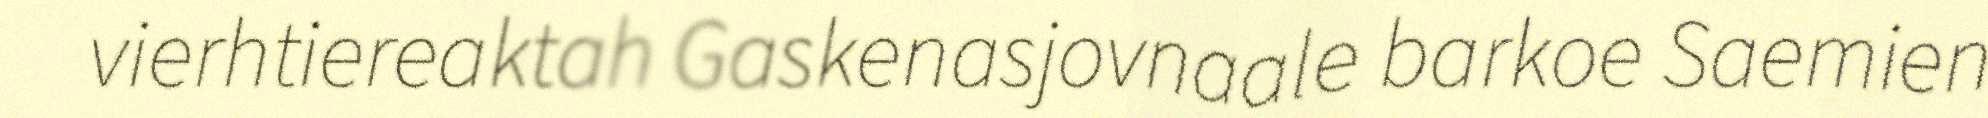
vierhtiereaktah Gaskenasjovnaale barkoe Saemien